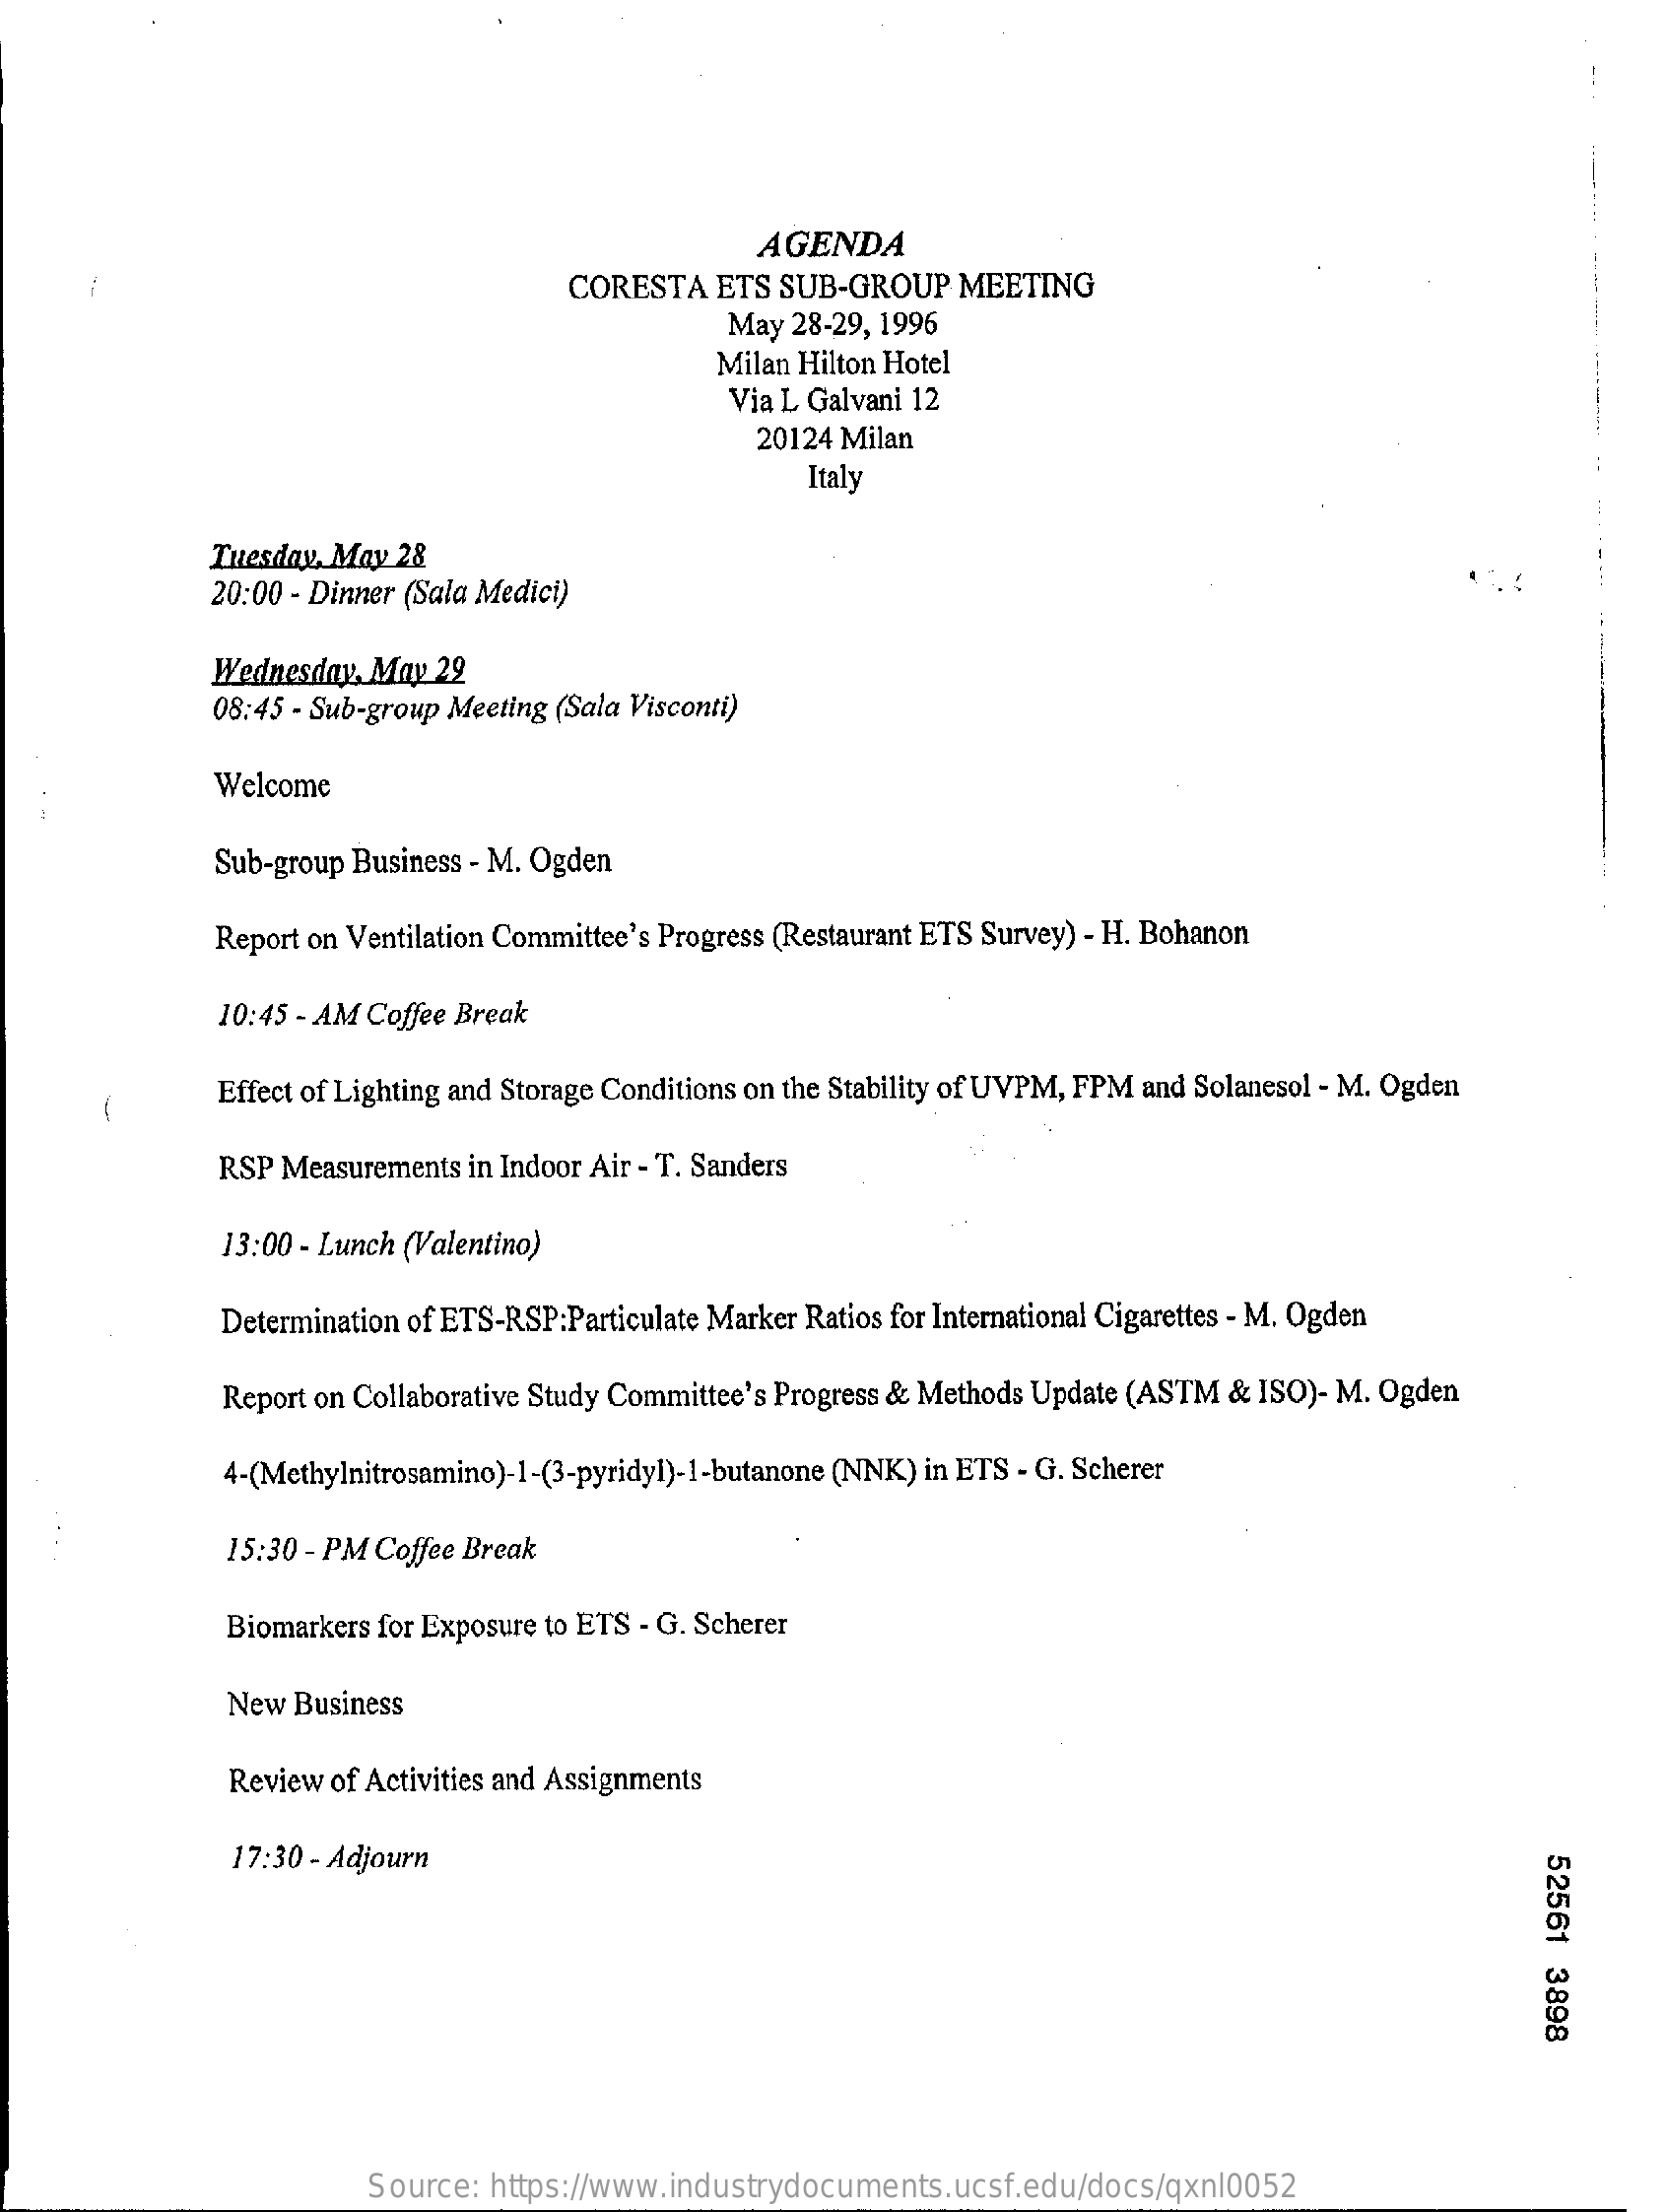
AGENDA
     CORESTA   ETS SUB-GROUP   MEETING
     May 28-29, 1996
     Milan Hilton Hotel
     Via L Galvani 12
     20124 Milan
     Italy
     Tuesday, May 28
     20:00 - Dinner (Sala Medici)
     Wednesday, May 22
     08:45 - Sub-group Meeting (Sala Visconti)
     Welcome
     Sub-group Business - M. Ogden
     Report on Ventilation Committee's Progress (Restaurant ETS Survey) - H. Bohanon
     10:45 - AM Coffee Break
     Effect of Lighting and Storage Conditions on the Stability of UVPM, FPM and Solanesol - M. Ogden
     RSP Measurements  in Indoor Air - T. Sanders
     13:00 - Lunch (Valentino)
     Determination of ETS-RSP:Particulate Marker Ratios for International Cigarettes - M. Ogden
     Report on Collaborative Study Committee's Progress & Methods Update (ASTM & ISO)- M. Ogden
     4-(Methylnitrosamino)-1-(3-pyridyl)-1-butanone (NNK) in ETS - G. Scherer
     15:30 - PM Coffee Break
     Biomarkers for Exposure to ETS - G. Scherer
     New Business
     Review of Activities and Assignments
     17:30 - Adjourn
     52561
     3898
     Source:  https://www.industrydocuments.ucsf.edu/docs/qxnl0052